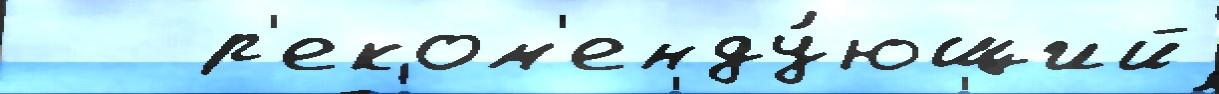
   р'еком'енду́ющий